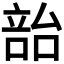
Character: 𪡳